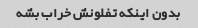
بدون اینکه تفلونش خراب بشه